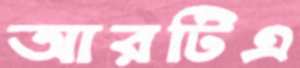
আরটিএ